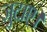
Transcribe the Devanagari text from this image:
जुटाए।